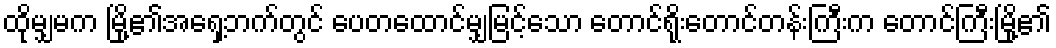
ထိုမျှမက မြို့၏အရှေ့ဘက်တွင် ပေတထောင်မျှမြင့်သော တောင်ရိုးတောင်တန်းကြီးက တောင်ကြီးမြို့၏